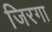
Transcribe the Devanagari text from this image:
जिरगा